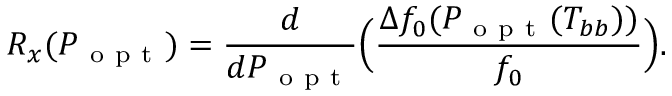
R _ { x } ( P _ { \mathrm { ~ o ~ p ~ t ~ } } ) = \frac { d } { d P _ { \mathrm { ~ o ~ p ~ t ~ } } } \Big ( \frac { \Delta f _ { 0 } ( P _ { \mathrm { ~ o ~ p ~ t ~ } } ( T _ { b b } ) ) } { f _ { 0 } } \Big ) .